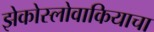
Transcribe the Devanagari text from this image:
झेकोस्लोवाकियाचा